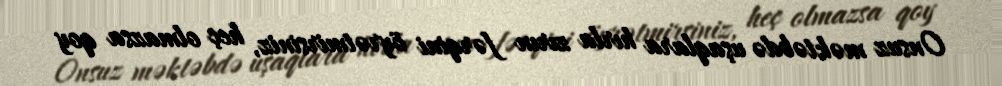
Onsuz məktəbdə uşaqlara hırla zırın fərqini öyrətmirsiniz, heç olmazsa qoy